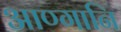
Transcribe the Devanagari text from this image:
आण्गानि